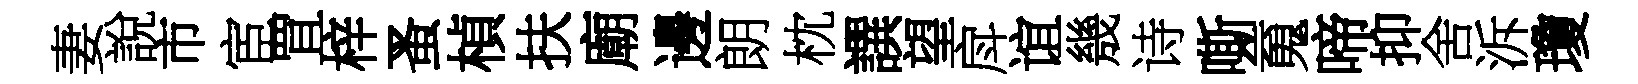
妻說市宦罝梓蚤楨扶廟邊朗枕譔望戽谊㡬诗嘶䰟啼抑舍泝瓊